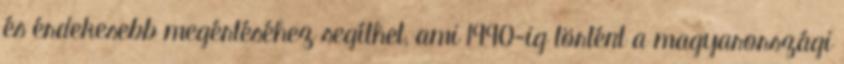
és érdekesebb megértéséhez segíthet, ami 1990-ig történt a magyarországi